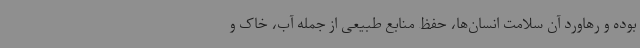
بوده و رهاورد آن سلامت انسان‌ها، حفظ منابع طبیعی از جمله آب، خاک و